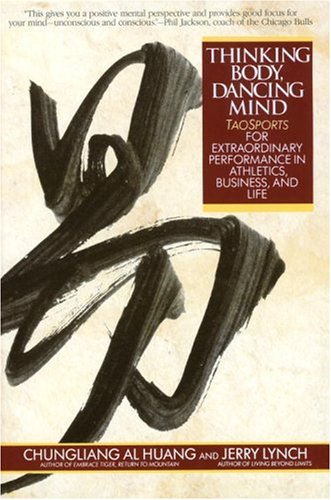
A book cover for Thinking Body, Dancing Mind: Taosports for Extraordinary Performance in Athletics, Business, and Life; Chungliang Al Huang; Religion & Spirituality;